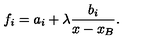
f _ { i } = a _ { i } + \lambda { \frac { b _ { i } } { x - x _ { B } } } .